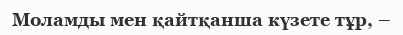
Моламды мен қайтқанша күзете тұр, –